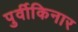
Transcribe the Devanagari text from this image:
पुर्वीकिनार